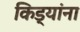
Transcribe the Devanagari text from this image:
किड्यांना